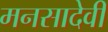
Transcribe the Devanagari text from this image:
मनसादेवी